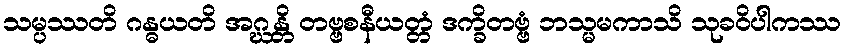
သမ္ပဿတိ ဂန္ဓယတိ အဂ္ဃန္တိ တဗ္ဗစနီယတ္တံ ဒက္ခိတဗ္ဗံ ဘသ္မမကာသိ သုခဝိပါကဿ